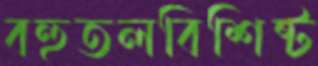
বহুতলবিশিষ্ট